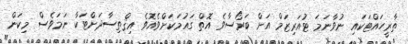
ތާރީހައްޓަަކައި ނުވާނަމަ ޓުއަރިޒަމް އަށް ބަރޯސާވެ އޮތް ގައުމަކަށްވެއޮވެ އިޤްތިސާދަށްޓަކާ ނަމަވެސް މިކަން